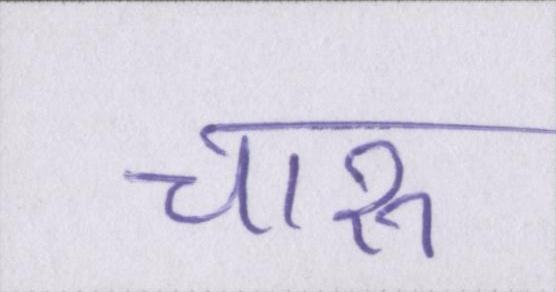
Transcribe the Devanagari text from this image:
चारु